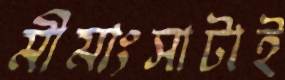
মীমাংসাটাই